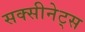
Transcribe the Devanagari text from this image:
सक्सीनेट्स